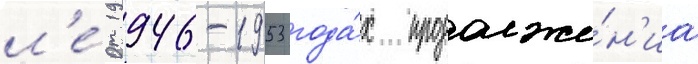
л'е́т 1946-1953 года́х продолже́н'иа